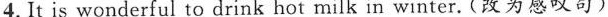
4. It is wonderful to drink hot milk in winter.(改为感叹句)